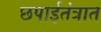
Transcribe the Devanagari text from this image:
छपाईतंत्रात